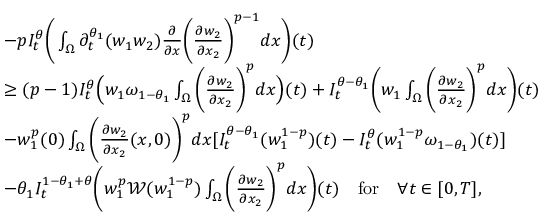
\begin{array} { r l } & { - p I _ { t } ^ { \theta } \bigg ( \int _ { \Omega } \partial _ { t } ^ { \theta _ { 1 } } ( w _ { 1 } w _ { 2 } ) \frac { \partial } { \partial x } \bigg ( \frac { \partial w _ { 2 } } { \partial x _ { 2 } } \bigg ) ^ { p - 1 } d x \bigg ) ( t ) } \\ & { \geq ( p - 1 ) I _ { t } ^ { \theta } \Big ( w _ { 1 } \omega _ { 1 - \theta _ { 1 } } \int _ { \Omega } \bigg ( \frac { \partial w _ { 2 } } { \partial x _ { 2 } } \bigg ) ^ { p } d x \Big ) ( t ) + I _ { t } ^ { \theta - \theta _ { 1 } } \bigg ( w _ { 1 } \int _ { \Omega } \bigg ( \frac { \partial w _ { 2 } } { \partial x _ { 2 } } \bigg ) ^ { p } d x \bigg ) ( t ) } \\ & { - w _ { 1 } ^ { p } ( 0 ) \int _ { \Omega } \bigg ( \frac { \partial w _ { 2 } } { \partial x _ { 2 } } ( x , 0 ) \bigg ) ^ { p } d x [ I _ { t } ^ { \theta - \theta _ { 1 } } ( w _ { 1 } ^ { 1 - p } ) ( t ) - I _ { t } ^ { \theta } ( w _ { 1 } ^ { 1 - p } \omega _ { 1 - \theta _ { 1 } } ) ( t ) ] } \\ & { - \theta _ { 1 } I _ { t } ^ { 1 - \theta _ { 1 } + \theta } \bigg ( w _ { 1 } ^ { p } \mathcal { W } ( w _ { 1 } ^ { 1 - p } ) \int _ { \Omega } \bigg ( \frac { \partial w _ { 2 } } { \partial x _ { 2 } } \bigg ) ^ { p } d x \bigg ) ( t ) \quad \mathrm { f o r } \quad \forall t \in [ 0 , T ] , } \end{array}